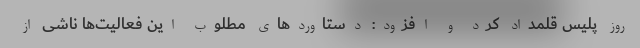
روز پلیس قلمداد کرد و افزود: دستاوردهای مطلوب این فعالیت‌ها ناشی از